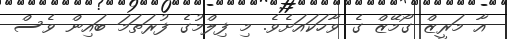
އާ މަރީޒް ގޯމޭޒް ގެ ވާހަކައަށެވެ. މި ފިލްމުގެ ފުރަތަމަ ބައިން ވެސް